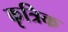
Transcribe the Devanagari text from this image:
कृत्रिक